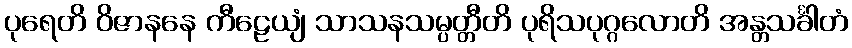
ပုရေတိ ဝိဇာနနေ ကီဠေယျံ သာသနသမ္ပတ္တီတိ ပုရိသပုဂ္ဂလောတိ အန္တသင်္ခါတံ